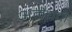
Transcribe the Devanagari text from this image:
अमेयची